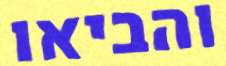
והביאו